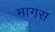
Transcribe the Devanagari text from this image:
मागस